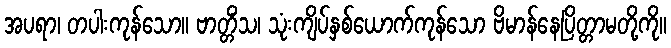
အပရာ၊ တပါးကုန်သော။ ဗာတ္တိံသ၊ သုံးကျိပ်နှစ်ယောက်ကုန်သော ဗိမာန်နေပြိတ္တာမတို့ကို။